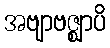
အဗျာဗဇ္ဈာပိ